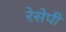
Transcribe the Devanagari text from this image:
रेसेपी